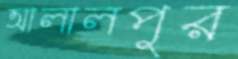
আলালপুর